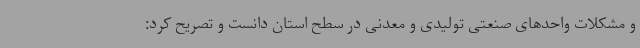
و مشکلات واحدهای صنعتی تولیدی و معدنی در سطح استان دانست و تصریح کرد: